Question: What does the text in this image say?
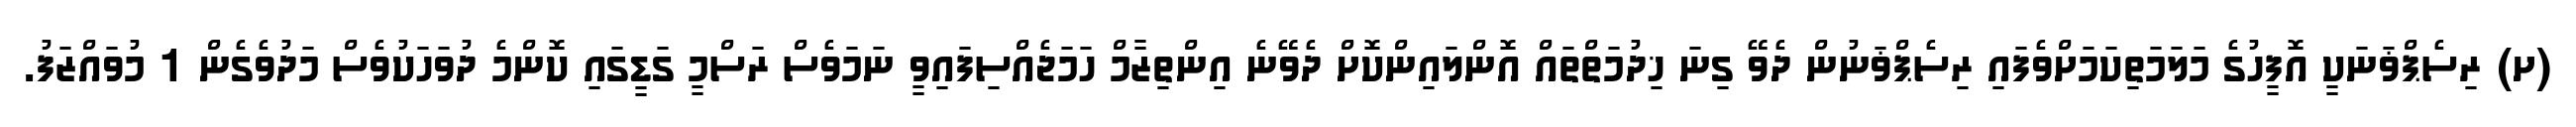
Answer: (ށ) ރިސެޕްޥަނަކީ އޮފީހުގެ މަލަމަތިކަމަށްވެފައި ރިސެޕްޥަނުން ދެވޭ ގިނަ ޚިދުމަތްތައް އޮންލައިންކޮށް ދެވޭނެ އިންތިޒާމް ހަމަޖެއްސިފައިވީ ނަމަވެސް ރަސްމީ ގަޑީގައި ކޮންމެ ދުވަހަކުވެސް މަދުވެގެން 1 މުވައްޒަފު.